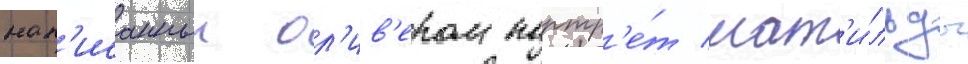
нап'исанныи ол'ив'ером портр'е́т мат'и́льды